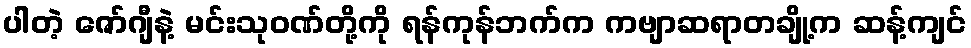
ပါတဲ့ ဇော်ဂျီနဲ့ မင်းသုဝဏ်တို့ကို ရန်ကုန်ဘက်က ကဗျာဆရာတချို့က ဆန့်ကျင်